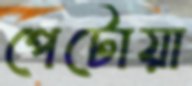
পেটোয়া